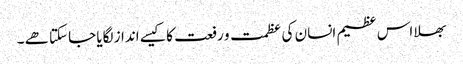
بھلا اس عظیم انسان کی عظمت و رفعت کا کیسے انداز لگایا جاسکتا ھے ۔